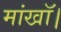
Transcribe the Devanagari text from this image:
मांखॉ।